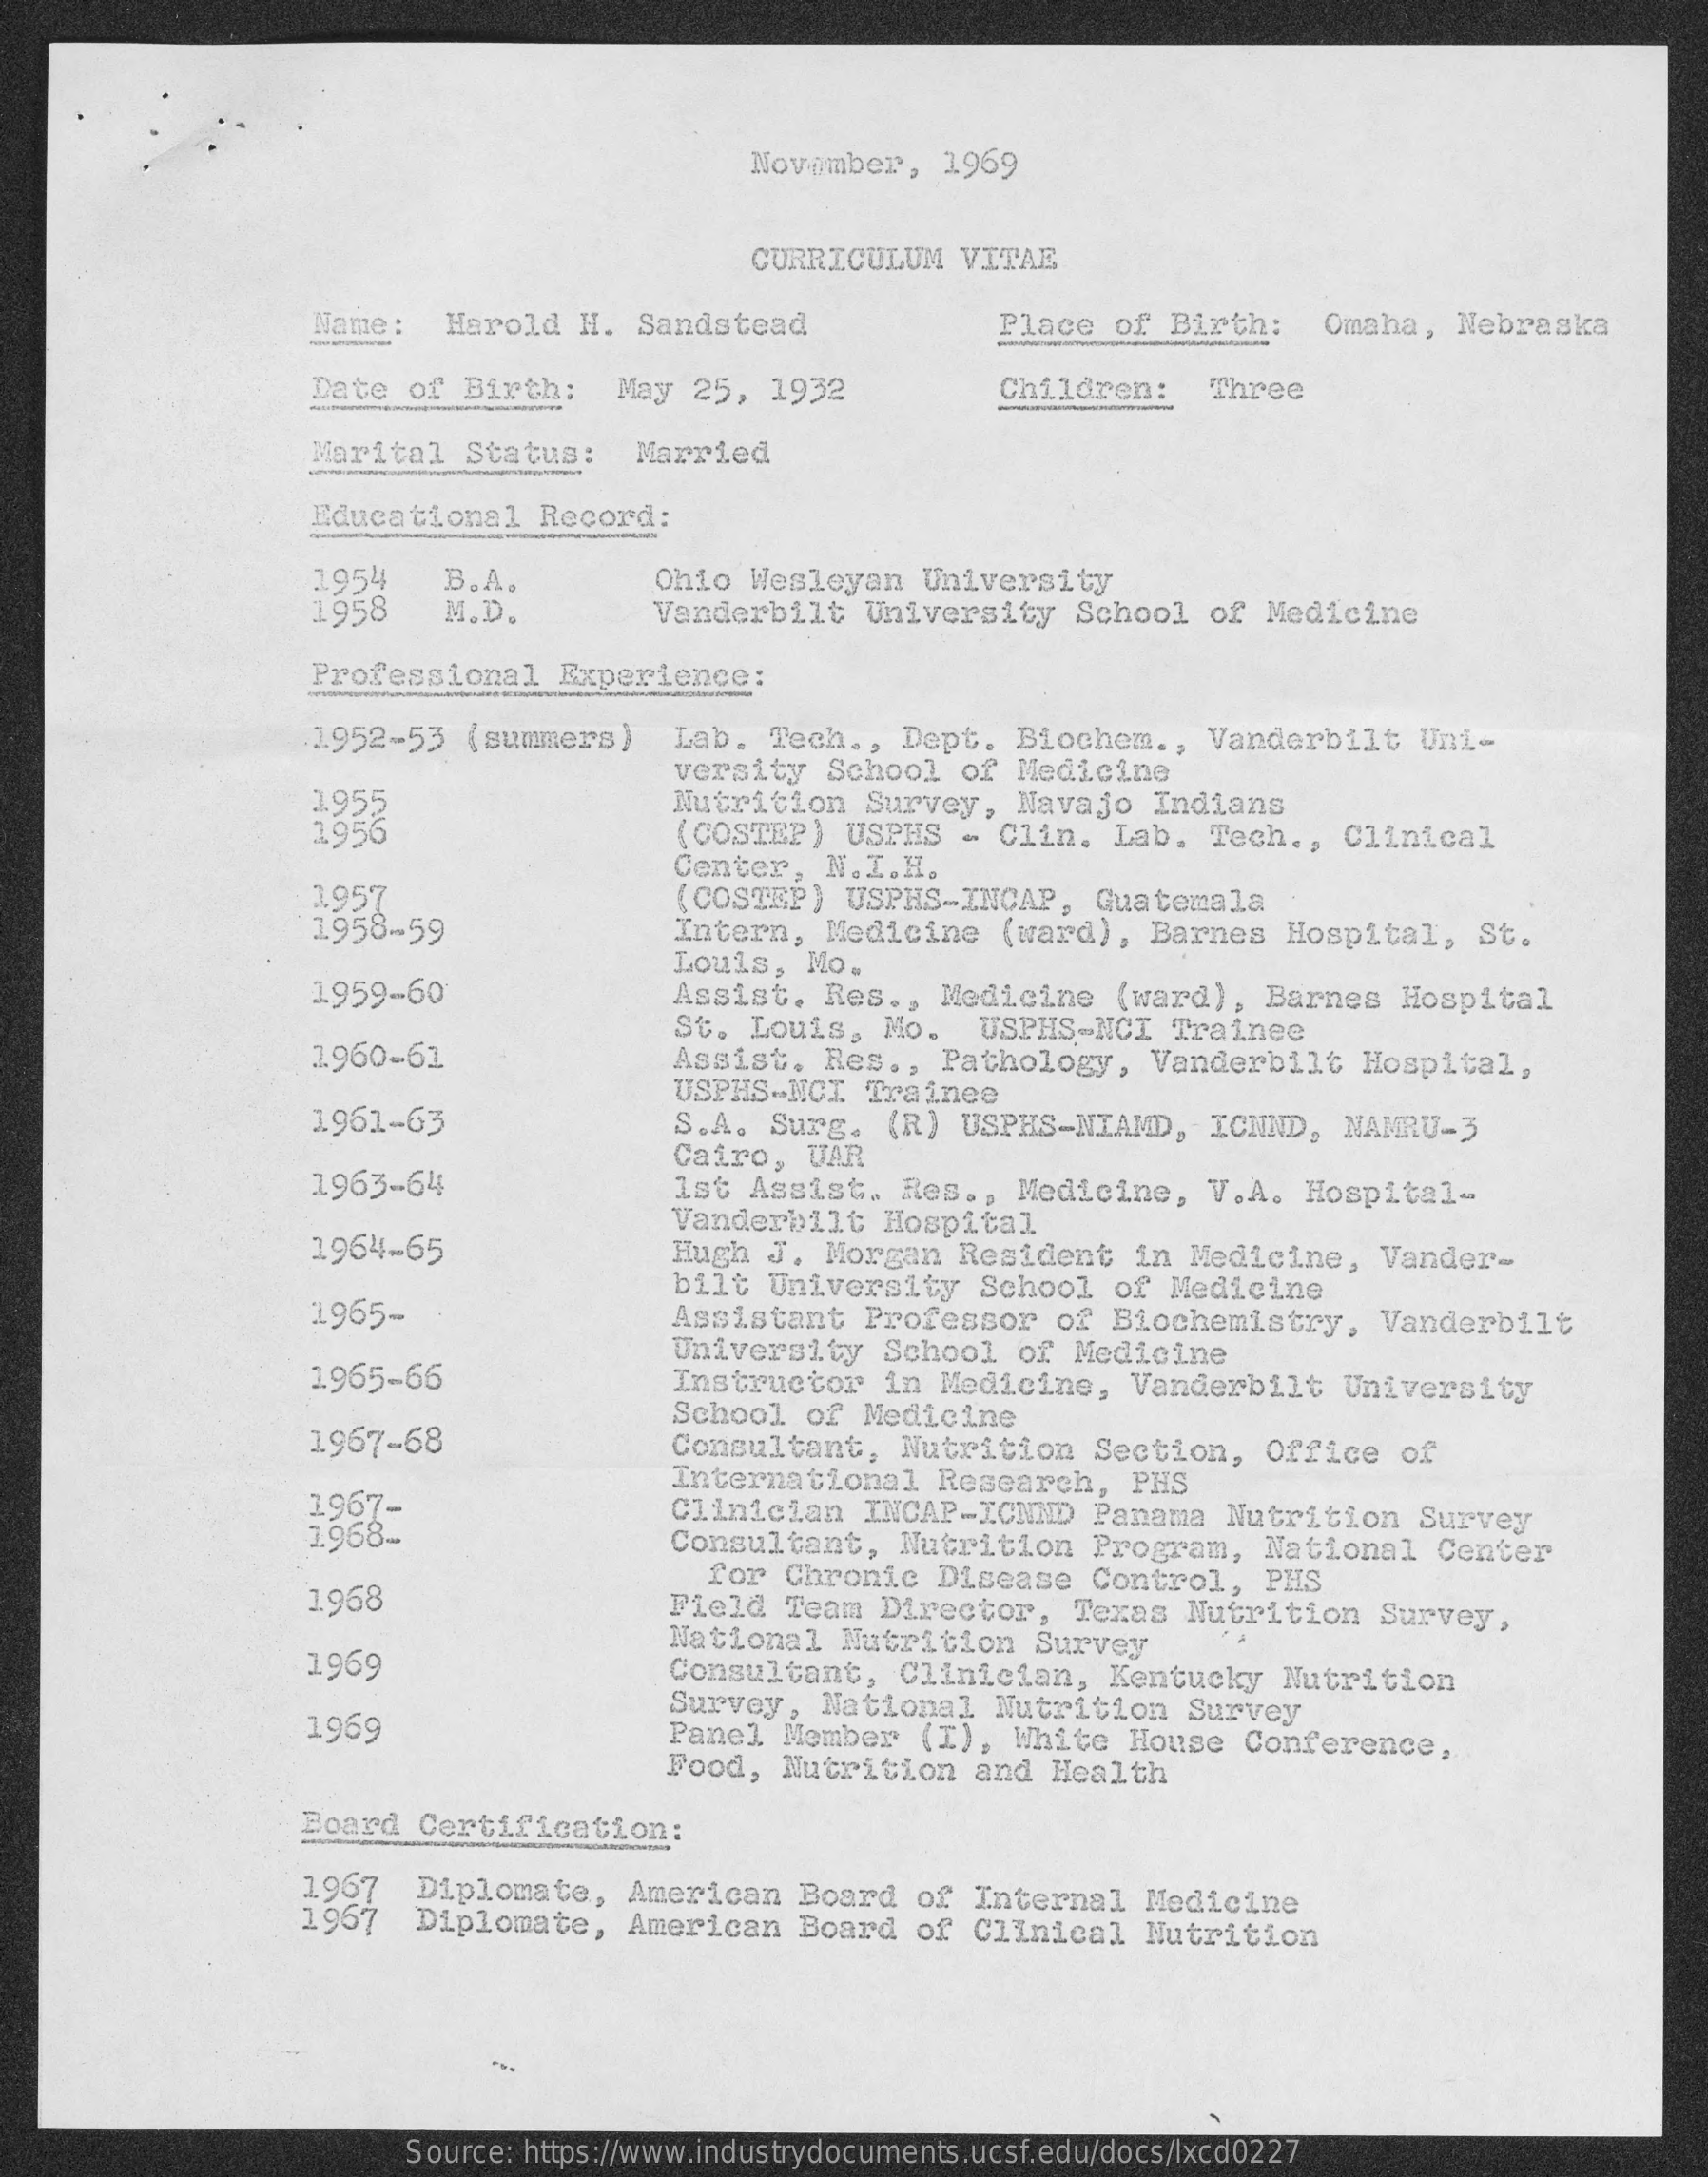
November,   1969
     CURRICULUM    VITAE
     Name:    Harold  H.  Sandstead    Place   of Birth:    Omaha,  Nebraska
     Date  of  Birth:    May  25,  1932    Children:
     =
     Three
     Marital   Status:    Married
     Educational    Record:
     1954    B.A.
     1958
     Ohio  Wesleyan    University
     M.D.    Vanderbilt    University    School   of  Medicine
     Professional    Experience:
     1952-53   (summers)    Lab.   Tech ., Dept.   Biochem   ., Vanderbilt    Uni-
     versity   School  of  Medicine
     3.955
     1956
     Nutrition   Survey,   Navajo   Indians
     (COSTEP)   USPHS   - Clin.   Lab.  Tech  ., Clinical
     Center,  N.I.H.
     3.957    (COSTEP)   USPHS-INCAP,    Guatemala
     1958-59    Intern,  Medicine    (ward),   Barnes   Hospital,    St.
     1959-60
     Louis,  No.
     Assist.   Res  ., Medicine    (ward),   Barnes  Hospital
     1960-61
     St. Louis,   Mo.    USPHS-NCI   Trainee
     Assist.  Res  ., Pathology,    Vanderbilt    Hospital,
     1961-63
     USPHS-NCI   Trainee
     S.A.  Surg.  (R)   USPES-NIAMD,    ICNND,   NAMRU-3
     1963-64
     Cairo,  VAR
     1st Assist.   Res  ., Medicine,    V.A.  Hospital-
     1964-65
     Vanderbilt    Hospital
     Hugh   J. Morgan   Resident    in  Medicine,   Vander-
     1965-
     bilt  University    School   of Medicine
     Assistant    Professor    of Biochemistry,    Vanderbilt
     1965-66
     University    School   of  Medicine
     Instructor   in  Medicine,    Vanderbilt    University
     1967-68
     School   of  Medicine
     Consultant,    Nutrition    Section,    Office   of
     International    Research,    PHS
     1967-
     1968-
     Clinician   INCAP-ICHND    Panama   Nutrition    Survey
     Consultant,    Nutrition    Program,    National   Center
     1968
     for  Chronic   Disease   Control,    PHS
     Field   Team  Director,    Texas  Nutrition    Survey,
     1969
     National   Nutrition    Survey
     Consultant,    Clinician,    Kentucky    Nutrition
     1969
     Survey,   National    Nutrition   Survey
     Panel   Member   (I),  White   House  Conference,
     Food,   Nutrition   and  Health
     Board   Certification:
     1967 1967
     Diplomate,   American    Board   of Internal    Medicine
     Diplomate,    American    Board  of  Clinical    Nutrition
     Source: https://www.industrydocuments.ucsf.edu/docs/lxcd0227